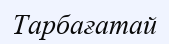
Тарбағатай